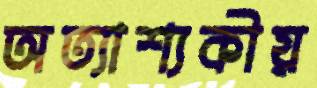
অত্যাশ্যকীয়